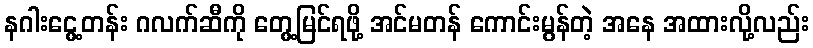
နဂါးငွေ့တန်း ဂလက်ဆီကို တွေ့မြင်ရဖို့ အင်မတန် ကောင်းမွန်တဲ့ အနေ အထားလို့လည်း